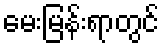
မေးမြန်းရာတွင်